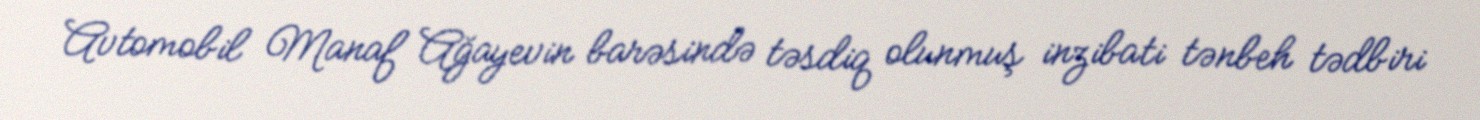
Avtomobil Manaf Ağayevin barəsində təsdiq olunmuş inzibati tənbeh tədbiri